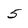
Character: 5